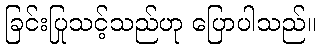
ခြင်းပြုသင့်သည်ဟု ပြောပါသည်။